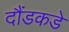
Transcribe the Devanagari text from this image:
दौंडकडे